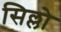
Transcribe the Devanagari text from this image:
सिल्लो